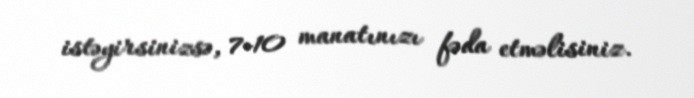
istəyirsinizsə, 7-10 manatınızı fəda etməlisiniz.